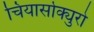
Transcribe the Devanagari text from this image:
चियार्सोक्युरो